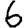
Digit: 6